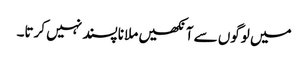
میں لوگوں سے آنکھیں ملانا پسند نہیں کرتا۔